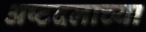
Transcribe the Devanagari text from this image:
अष्टदलाच्या